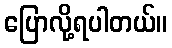
ပြောလို့ရပါတယ်။